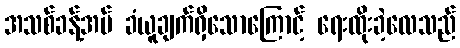
အသစ်ခန့်အပ် ခံယူချက်ရှိသောကြောင့် ရေးထိုးခဲ့လေသည်